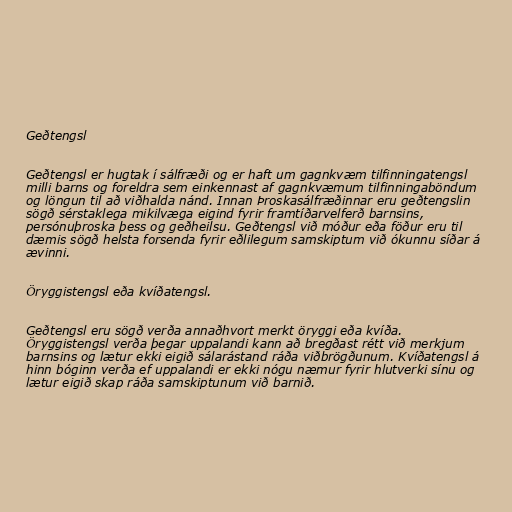
Geðtengsl

Geðtengsl er hugtak í sálfræði og er haft um gagnkvæm tilfinningatengsl
milli barns og foreldra sem einkennast af gagnkvæmum tilfinningaböndum
og löngun til að viðhalda nánd. Innan Þroskasálfræðinnar eru geðtengslin
sögð sérstaklega mikilvæga eigind fyrir framtíðarvelferð barnsins,
persónuþroska þess og geðheilsu. Geðtengsl við móður eða föður eru til
dæmis sögð helsta forsenda fyrir eðlilegum samskiptum við ókunnu síðar á
ævinni.

Öryggistengsl eða kvíðatengsl.

Geðtengsl eru sögð verða annaðhvort merkt öryggi eða kvíða.
Öryggistengsl verða þegar uppalandi kann að bregðast rétt við merkjum
barnsins og lætur ekki eigið sálarástand ráða viðbrögðunum. Kvíðatengsl á
hinn bóginn verða ef uppalandi er ekki nógu næmur fyrir hlutverki sínu og
lætur eigið skap ráða samskiptunum við barnið.